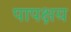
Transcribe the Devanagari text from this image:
पापक्षय